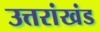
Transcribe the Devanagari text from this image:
उत्तरांखंड